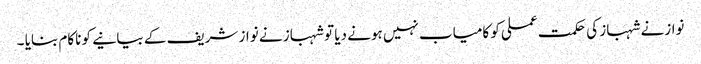
نوازنے شہباز کی حکمت عملی کو کامیاب نہیں ہونے دیا تو شہباز نے نواز شریف کے بیانیے کو ناکام بنایا ۔